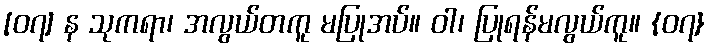
[၀၇] န သုကရာ၊ အလွယ်တကူ မပြုအပ်။ ဝါ၊ ပြုရန်မလွယ်ကူ။ {၀၇}